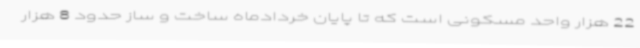
22 هزار واحد مسکونی است که تا پایان خردادماه ساخت و ساز حدود 8 هزار